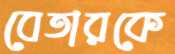
বেতারকে